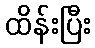
ထိန်းပြီး